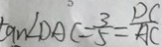
\tan \angle D A C = \frac { 3 } { 5 } = \frac { D C } { A C }